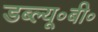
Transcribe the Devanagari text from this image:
डब्ल्यू॰बी॰